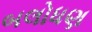
બલોધણ